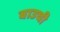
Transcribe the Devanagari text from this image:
बाउची